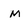
Character: m